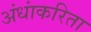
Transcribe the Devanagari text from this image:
अंधांकरिता